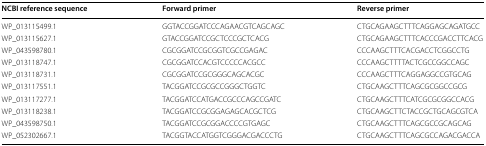
<table><thead><tr><td><b>NCBI reference sequence</b></td><td><b>Forward primer</b></td><td><b>Reverse primer</b></td></tr></thead><tbody><tr><td>WP_013115499.1</td><td>GGTACCGGATCCCAGAACGTCAGCAGC</td><td>CTGCAGAAGCTTTCAGGAGCAGATGCC</td></tr><tr><td>WP_013115627.1</td><td>GTACCGGATCCGCTCCCGCTCACG</td><td>CTGCAGAAGCTTTCACCCGACCTTCACG</td></tr><tr><td>WP_043598780.1</td><td>CGCGGATCCGCGGTCGCCGAGAC</td><td>CCCAAGCTTTCACGACCTCGGCCTG</td></tr><tr><td>WP_013118747.1</td><td>CGCGGATCCACGTCCCCCACGCC</td><td>CCCAAGCTTTTACTCGCCGGCCAGC</td></tr><tr><td>WP_013118731.1</td><td>CGCGGATCCGCGGGCAGCACGC</td><td>CCCAAGCTTTCAGGAGGCCGTGCAG</td></tr><tr><td>WP_013117551.1</td><td>TACGGATCCGCGCCGGGCTGGTC</td><td>CTGCAAGCTTTCAGCGCGGCCGCG</td></tr><tr><td>WP_013117277.1</td><td>TACGGATCCATGACCGCCCAGCCGATC</td><td>CTGCAAGCTTTCATCGCGCGGCCACG</td></tr><tr><td>WP_013118238.1</td><td>TACGGATCCGCGGAGAGCACGCTCG</td><td>CTGCAAGCTTCTACCGCTGCAGCGTCA</td></tr><tr><td>WP_043598750.1</td><td>TACGGATCCGCGGACCCCGTGAGC</td><td>CTGCAAGCTTTCAGCGCCGCAGCAG</td></tr><tr><td>WP_052302667.1</td><td>TACGGTACCATGGTCGGGACGACCCTG</td><td>CTGCAAGCTTTCAGCGCCAGACGACCA</td></tr></tbody></table>